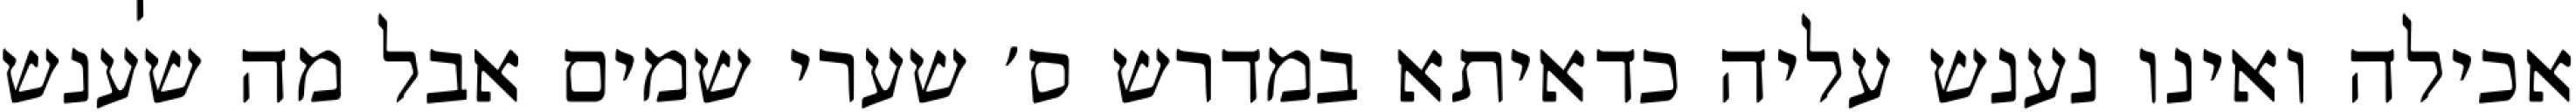
אכילה ואינו נענש עליה כדאיתא במדרש ס׳ שערי שמים אבל מה שענש